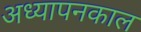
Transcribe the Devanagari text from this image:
अध्यापनकाल